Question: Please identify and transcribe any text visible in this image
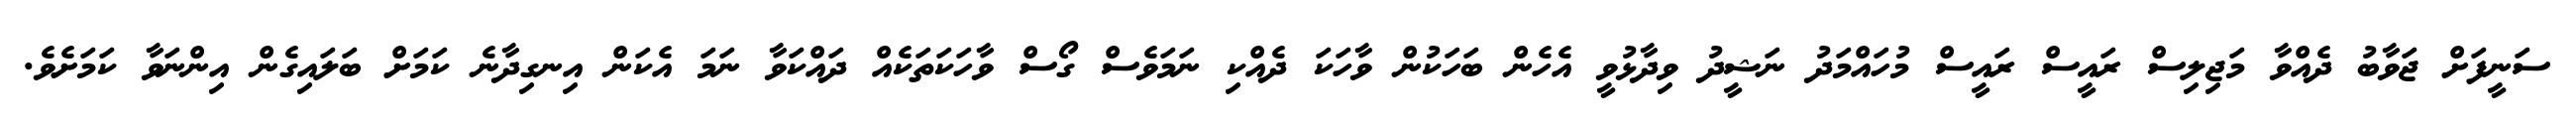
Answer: ސަނީފަށް ޖަވާބު ދެއްވާ މަޖިލިސް ރައީސް ރައީސް މުހައްމަދު ނަޝީދު ވިދާޅުވީ އެހެން ބަހަކުން ވާހަކަ ދެއްކި ނަމަވެސް ގޯސް ވާހަކަތަކެއް ދައްކަވާ ނަމަ އެކަން އިނގިދާނެ ކަމަށް ބަލައިގެން އިންނަވާ ކަމަށެވެ.